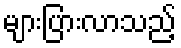
များပြားလာသည့်